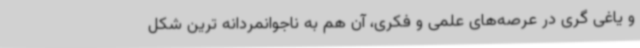
و یاغی گری در عرصه‌های علمی و فکری، آن هم به ناجوانمردانه ترین شکل